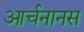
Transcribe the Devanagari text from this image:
आर्चनानस